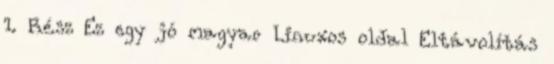
1. Rész Ez egy jó magyar Linuxos oldal Eltávolítás